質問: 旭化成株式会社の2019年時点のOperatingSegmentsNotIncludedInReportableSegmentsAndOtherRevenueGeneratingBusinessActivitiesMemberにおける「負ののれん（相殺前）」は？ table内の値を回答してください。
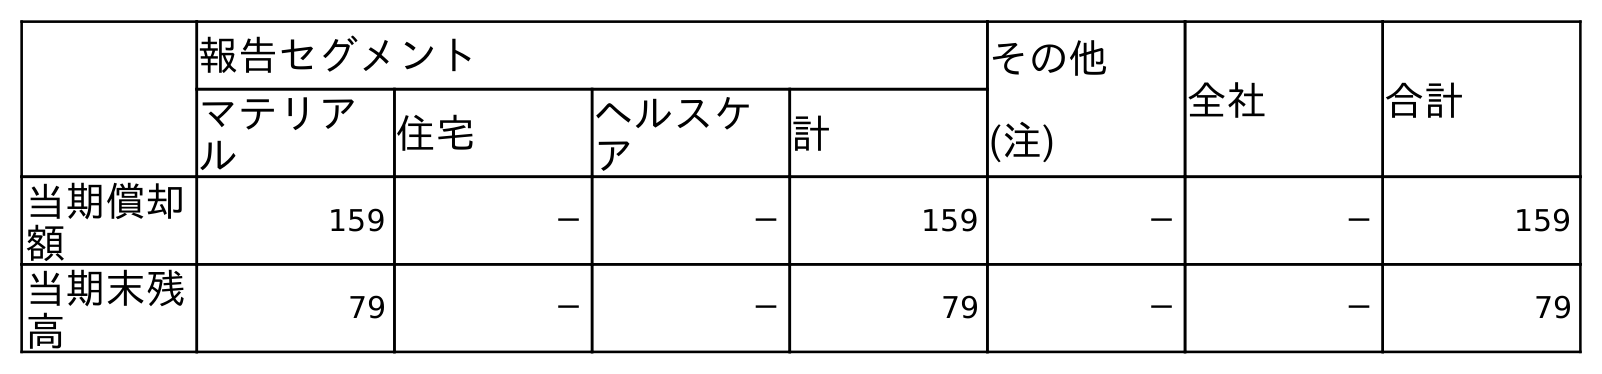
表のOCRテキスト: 報告セグメント その他 (注) 全社 合計 マテリア ル 住宅 ヘルスケ ア 計 当期償却 額 159 － － 159 － － 159 当期末残 高 79 － － 79 － － 79
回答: －